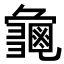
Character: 𮯛